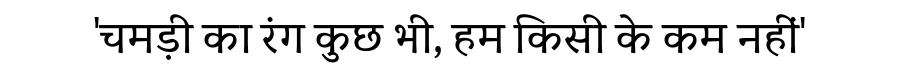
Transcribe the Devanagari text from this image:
'चमड़ी का रंग कुछ भी, हम किसी के कम नहीं'